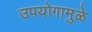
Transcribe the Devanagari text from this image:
उपयोगामुळे